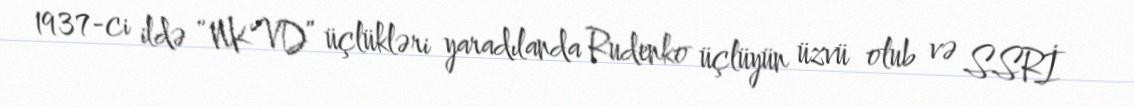
1937-ci ildə “NKVD” üçlükləri yaradılanda Rudenko üçlüyün üzvü olub və SSRİ